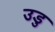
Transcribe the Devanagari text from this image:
उडु